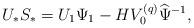
LaTeX: \begin{align*}U_* S_*= U_1 \Psi_1 - H V^{(q)}_0 \widehat{\Psi}^{-1},\end{align*}